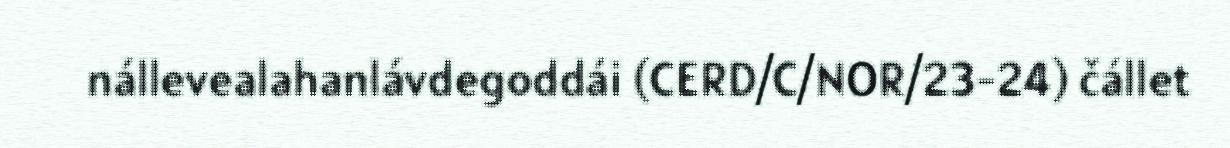
nállevealahanlávdegoddái (CERD/C/NOR/23-24) čállet